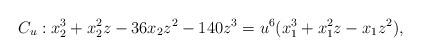
LaTeX: \begin{align*} C_u : x_2^3+x_2^2z-36x_2z^2-140z^3 = u^6 (x_1^3+x_1^2z -x_1z^2),\end{align*}